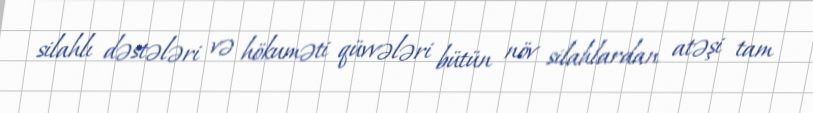
silahlı dəstələri və hökuməti qüvvələri bütün növ silahlardan atəşi tam